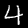
Digit: 4